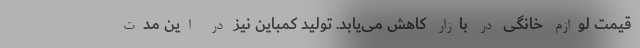
قیمت لوازم خانگی در بازار کاهش می‌یابد. تولید کمباین نیز در این مدت